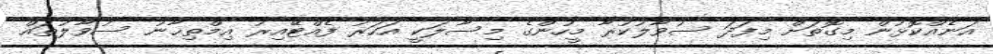
އަނެއްކޮޅުން މިގޮތަށް މިފަދަ ސުވާލުކުރާ މީހުންގެ މިސާލަކީ އަހަރު ފެއްޓޭއިރު އިމްތިޙާނު ސުވާލުތައް